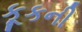
કૂકની